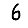
Digit: 6